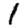
Digit: 1